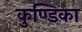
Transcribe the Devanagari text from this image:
कुण्डिका